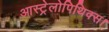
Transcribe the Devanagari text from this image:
आस्ट्रेलोपिथिक्स।